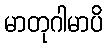
မာတုဂါမာပိ